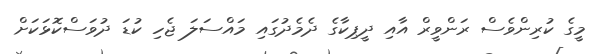
މީގެ ކުރިންވެސް ރަންވީރް އާއި ދީޕިކާގެ ދެމެދުގައި މައްސަލަ ޖެހި ކުޑަ ދުވަސްކޮޅަކަށް